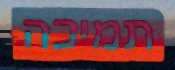
תמיכה